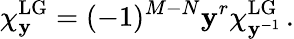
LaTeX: \chi_{\mathbf{y}}^{\mathrm{{LG}}}=(-1)^{M-N}\mathbf{y}^{r}\chi_{\mathbf{y}^{-1}}^{\mathrm{{LG}}}\, .